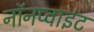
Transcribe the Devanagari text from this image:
नॉनप्वाइंट